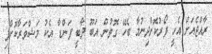
ރާއްޖެއަށް އެހީ ފޯރުކޮށްދިނުމާ ބެހޭ ގޮތުން އަބޫ ދާބީ ފަންޑާ އެކު މަޝްވަރާކޮށްފި